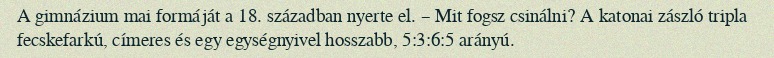
A gimnázium mai formáját a 18. században nyerte el. – Mit fogsz csinálni? A katonai zászló tripla fecskefarkú, címeres és egy egységnyivel hosszabb, 5:3:6:5 arányú.